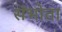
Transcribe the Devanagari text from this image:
संभोता